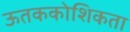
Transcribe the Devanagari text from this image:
ऊतककोशिकता